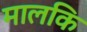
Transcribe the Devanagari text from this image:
मालकि